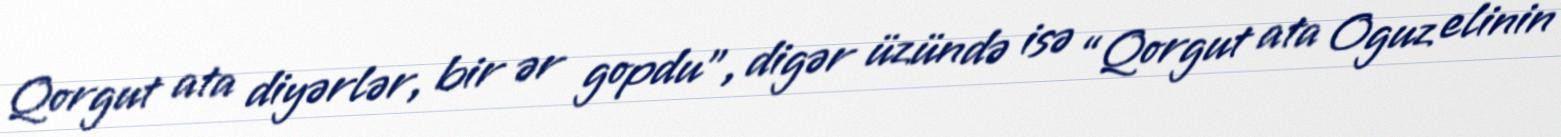
Qorgut ata diyərlər, bir ər gopdu”, digər üzündə isə “Qorgut ata Oguz elinin